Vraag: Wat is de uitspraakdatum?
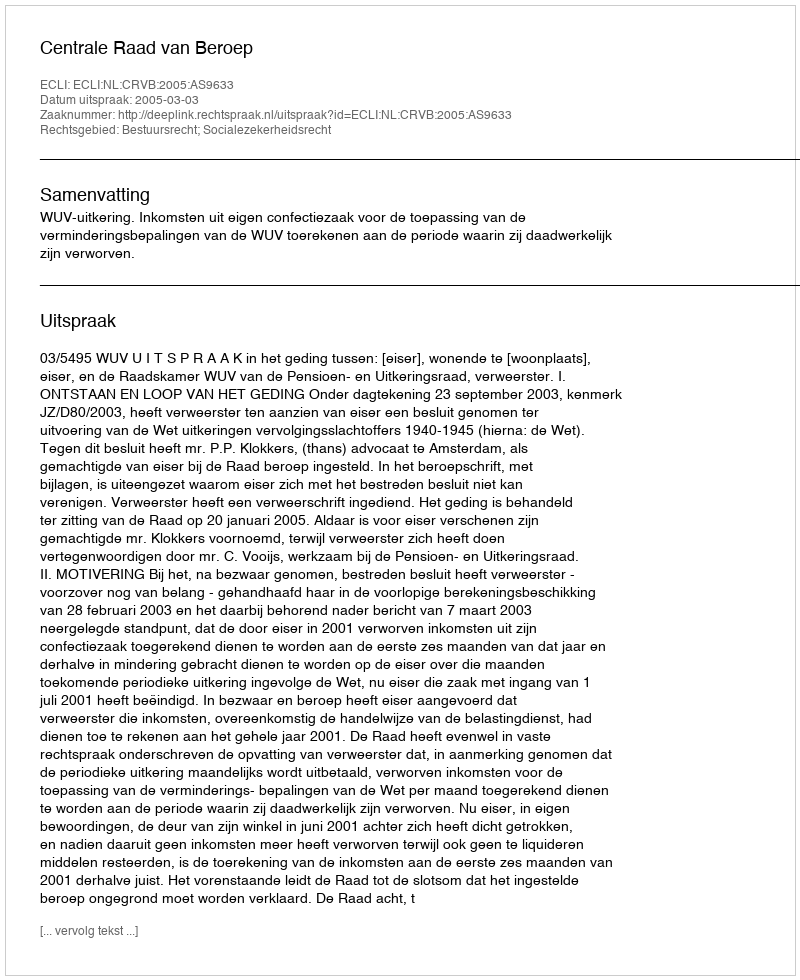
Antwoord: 2005-03-03